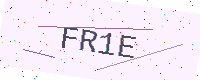
Text: FR1E